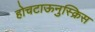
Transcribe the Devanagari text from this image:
होचटाऊनुस्क्रिस